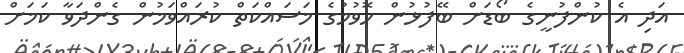
އަދި އެ ކުންފުނީގެ ބޯޑަށް ބޭފުޅުން ހޮވުމުގެ މަސައްކަތް ކުރައްވަމުން ގެންދަވާ ކަމަށް